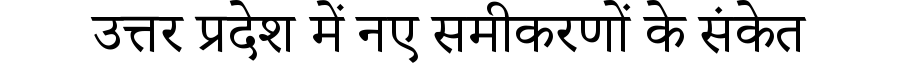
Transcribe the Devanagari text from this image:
उत्तर प्रदेश में नए समीकरणों के संकेत